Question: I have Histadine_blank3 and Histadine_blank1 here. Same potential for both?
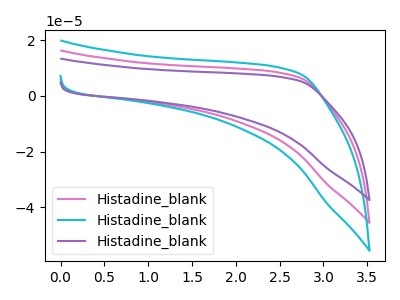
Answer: <think>The pink curve "Histadine_blank1" has no peaks. The cyan curve "Histadine_blank2" has no peaks. The purple curve "Histadine_blank3" has no peaks.
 Neither "Histadine_blank3" or "Histadine_blank1" have any peaks.</think>
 <answer>"Histadine_blank3" and "Histadine_blank1" are similar in shape.</answer>
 <eval>same_shape</eval>